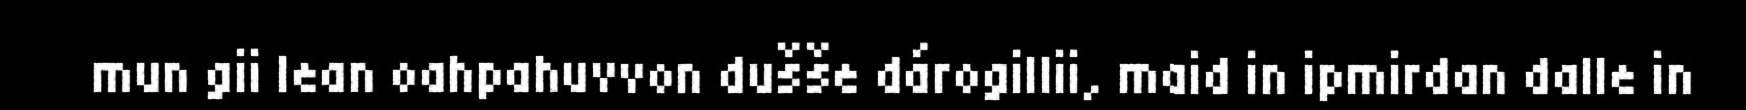
mun gii lean oahpahuvvon dušše dárogillii, maid in ipmirdan dalle in